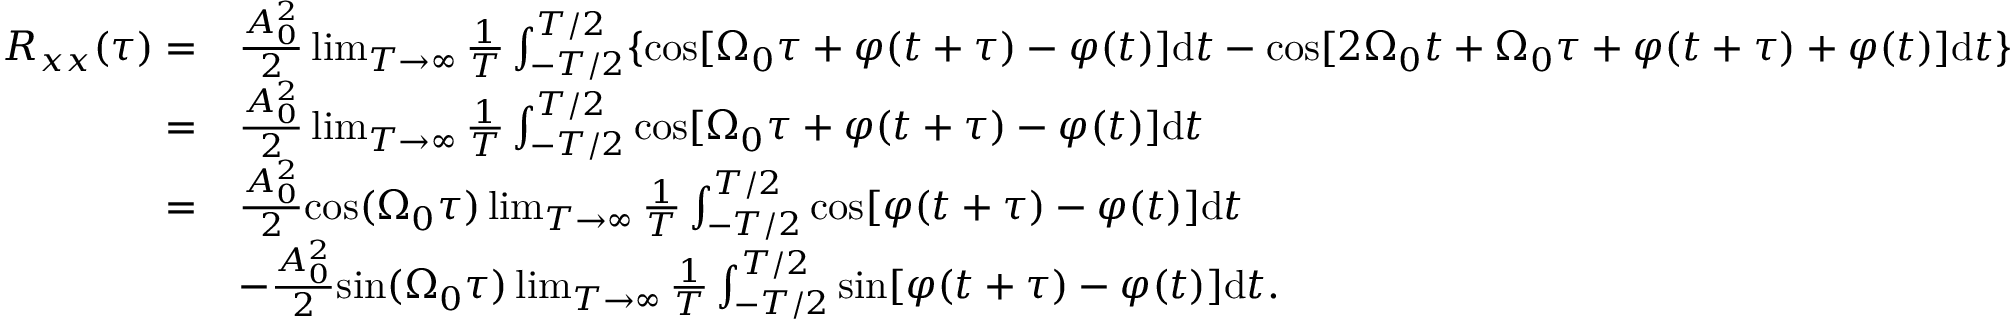
\begin{array} { r l } { R _ { x x } ( \tau ) = } & { \frac { A _ { 0 } ^ { 2 } } { 2 } \operatorname* { l i m } _ { T \rightarrow \infty } \frac { 1 } { T } \int _ { - T / 2 } ^ { T / 2 } \{ \mathrm { c o s } [ \Omega _ { 0 } \tau + \varphi ( t + \tau ) - \varphi ( t ) ] \mathrm { d } t - \mathrm { c o s } [ 2 \Omega _ { 0 } t + \Omega _ { 0 } \tau + \varphi ( t + \tau ) + \varphi ( t ) ] \mathrm { d } t \} } \\ { = } & { \frac { A _ { 0 } ^ { 2 } } { 2 } \operatorname* { l i m } _ { T \rightarrow \infty } \frac { 1 } { T } \int _ { - T / 2 } ^ { T / 2 } \mathrm { c o s } [ \Omega _ { 0 } \tau + \varphi ( t + \tau ) - \varphi ( t ) ] \mathrm { d } t } \\ { = } & { \frac { A _ { 0 } ^ { 2 } } { 2 } \mathrm { c o s } ( \Omega _ { 0 } \tau ) \operatorname* { l i m } _ { T \rightarrow \infty } \frac { 1 } { T } \int _ { - T / 2 } ^ { T / 2 } \mathrm { c o s } [ \varphi ( t + \tau ) - \varphi ( t ) ] \mathrm { d } t } \\ & { - \frac { A _ { 0 } ^ { 2 } } { 2 } \mathrm { s i n } ( \Omega _ { 0 } \tau ) \operatorname* { l i m } _ { T \rightarrow \infty } \frac { 1 } { T } \int _ { - T / 2 } ^ { T / 2 } \mathrm { s i n } [ \varphi ( t + \tau ) - \varphi ( t ) ] \mathrm { d } t \mathrm { . } } \end{array}